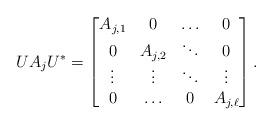
LaTeX: \begin{align*}UA_j U^*=\begin{bmatrix}A_{j,1}& 0& \ldots&0\\ 0& A_{j,2}& \ddots&0\\ \vdots&\vdots&\ddots&\vdots\\ 0&\ldots&0& A_{j,\ell}\end{bmatrix}.\end{align*}